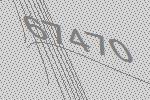
67470